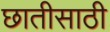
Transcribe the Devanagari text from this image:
छातीसाठी